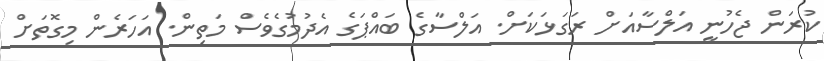
ކުރަން ޖެހުނީ އަލްސާއަށް ރަގަޅަކަށް. އަލްސާގެ ބައްޕަގެ އެދުމުގެވެސް މަތިން. އަހަރެން މިގޮތަށް